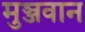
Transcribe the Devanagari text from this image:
मुञ्जवान